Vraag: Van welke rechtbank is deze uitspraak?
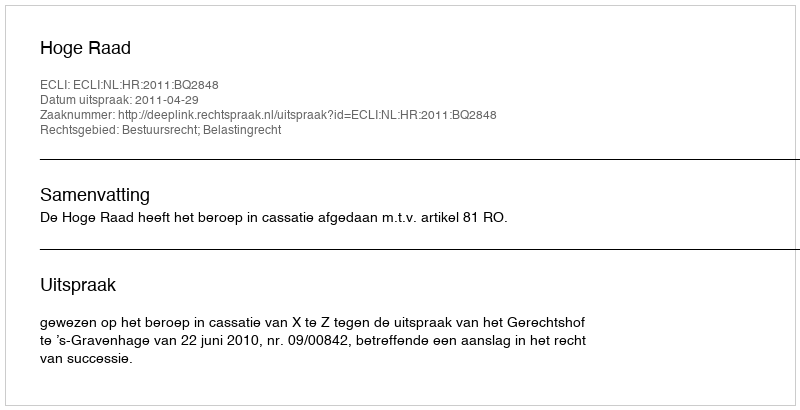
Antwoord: Hoge Raad